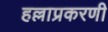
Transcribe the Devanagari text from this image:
हल्लाप्रकरणी